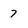
Character: 7